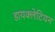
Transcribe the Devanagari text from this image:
डायक्लेटियन